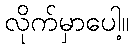
လိုက်မှာပေါ့။